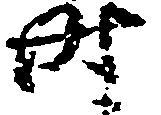
時